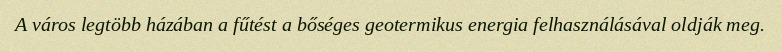
A város legtöbb házában a fűtést a bőséges geotermikus energia felhasználásával oldják meg.